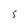
Character: S